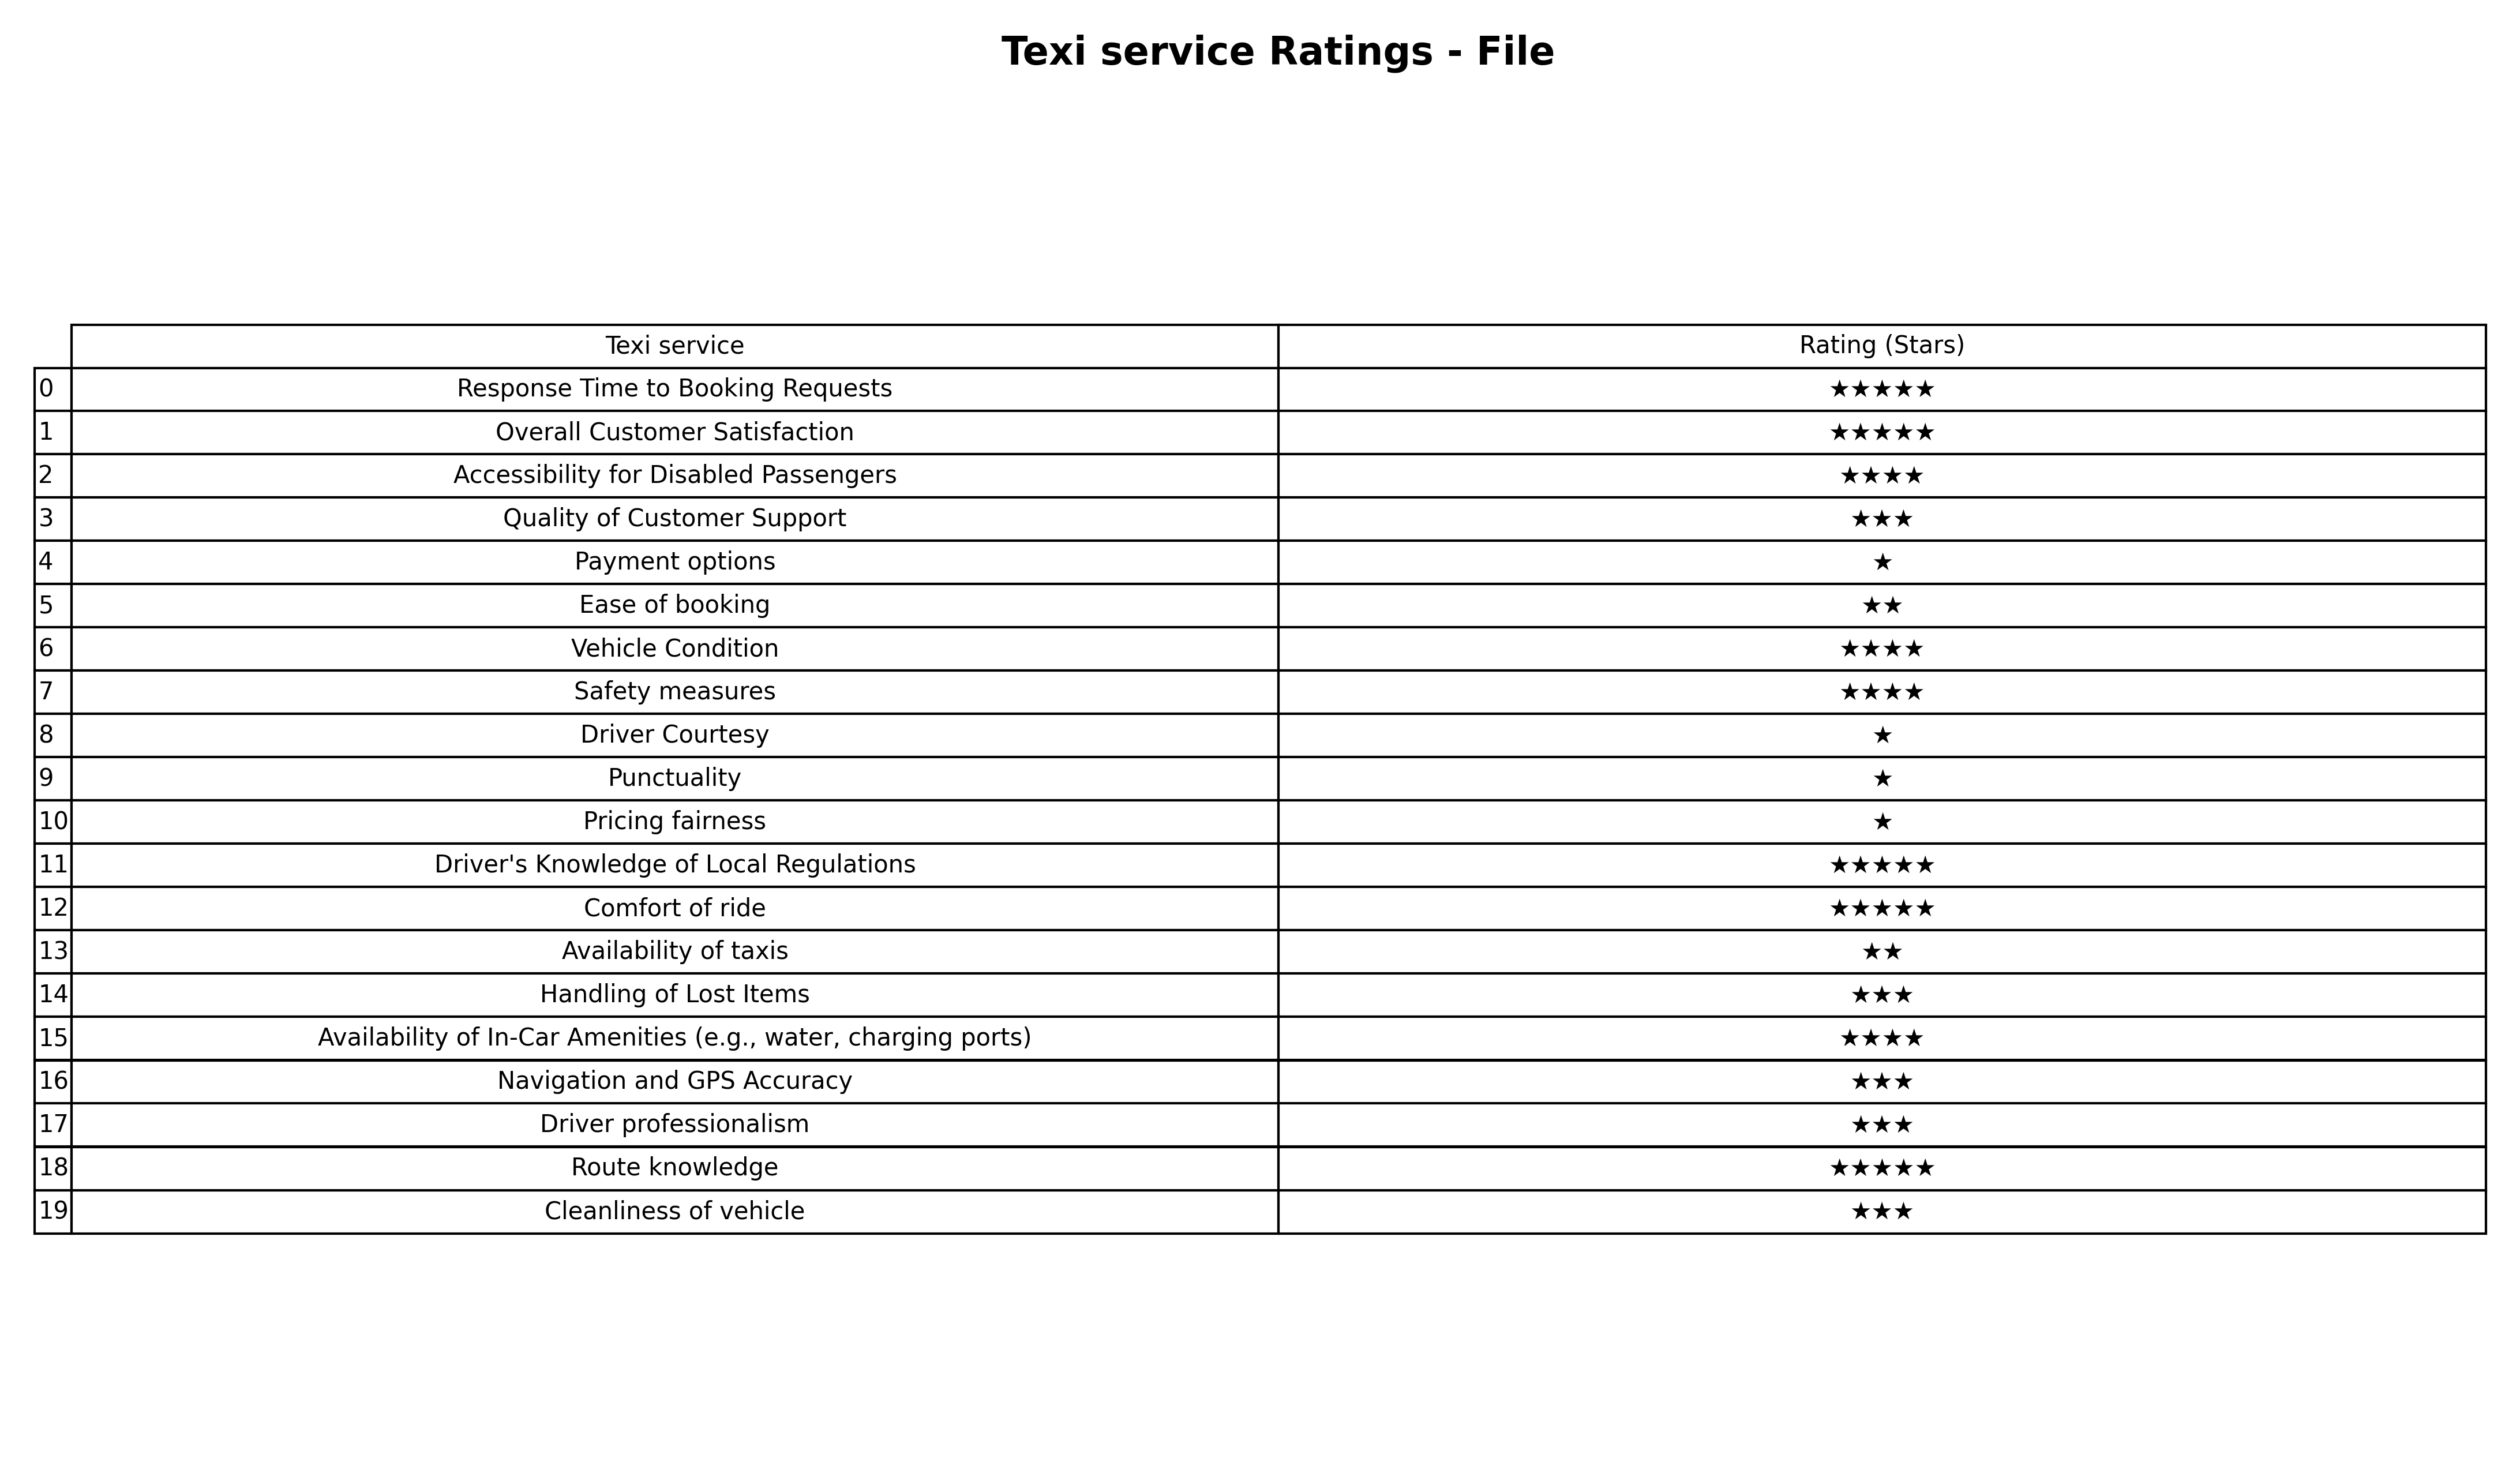
question: What are five star services?
answer: Response Time to Booking RequestsOverall Customer SatisfactionDriver's Knowledge of Local RegulationsComfort of rideRoute knowledge